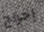
إخراج